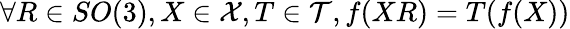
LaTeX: \forall R\in SO(3),X\in\mathcal{X},T\in\mathcal{T},f(XR)=T(f(X))